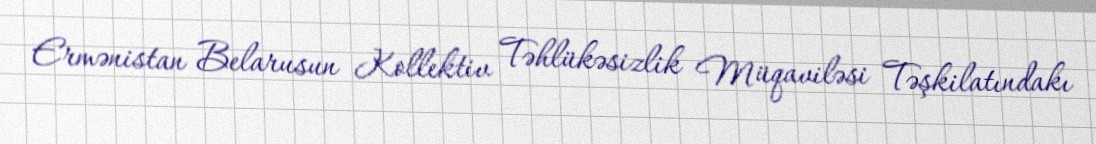
Ermənistan Belarusun Kollektiv Təhlükəsizlik Müqaviləsi Təşkilatındakı